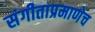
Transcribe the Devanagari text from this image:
संगीताप्रमाणेच